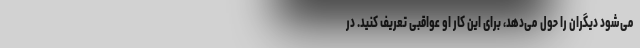
می‌شود دیگران را حول می‌دهد، برای این کار او عواقبی تعریف کنید. در